Annual report of the Punjab Veterinary College and of the Civil Veterinary Department, Punjab - 1920-1925
Year: 1920
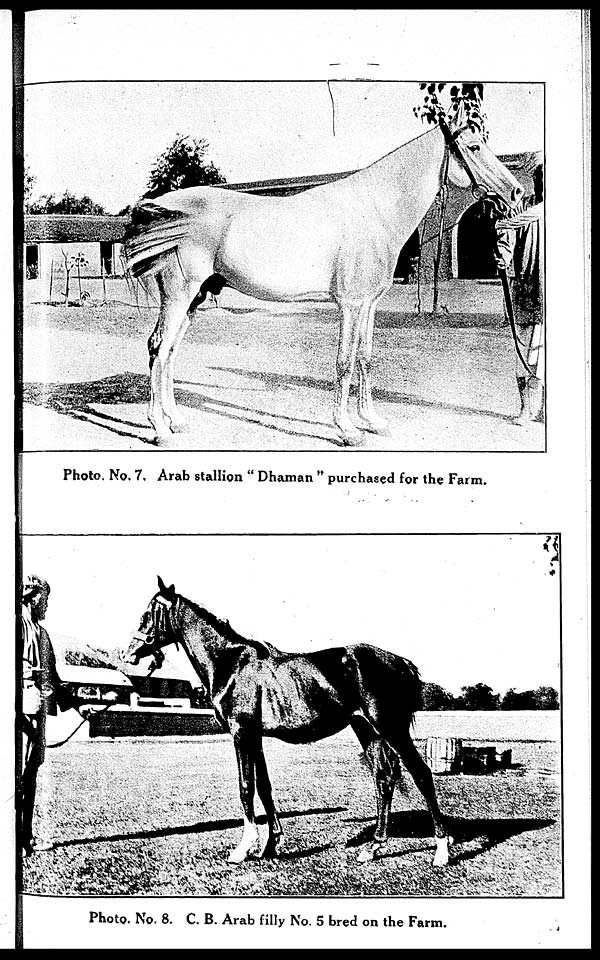
Photo. No. 7. Arab stallion "Dhaman" purchased for the Farm.
Photo. No. 8. C. B. Arab filly No. 5 bred on the Farm.